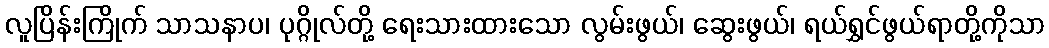
လူပြိန်းကြိုက် သာသနာပ၊ ပုဂ္ဂိုလ်တို့ ရေးသားထားသော လွမ်းဖွယ်၊ ဆွေးဖွယ်၊ ရယ်ရွှင်ဖွယ်ရာတို့ကိုသာ